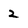
Character: 2